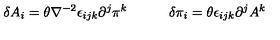
\delta A _ { i } = \theta \nabla ^ { - 2 } \epsilon _ { i j k } \partial ^ { j } \pi ^ { k } \quad \qquad \delta \pi _ { i } = \theta \epsilon _ { i j k } \partial ^ { j } A ^ { k }